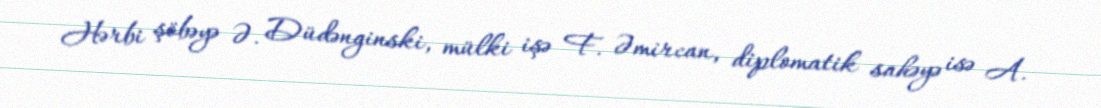
Hərbi şöbəyə Ə. Düdənginski, mülki işə F. Əmircan, diplomatik sahəyə isə A.